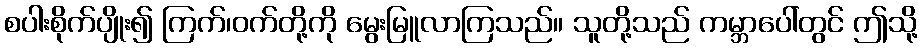
စပါးစိုက်ပျိုး၍ ကြက်၊ဝက်တို့ကို မွေးမြူလာကြသည်။ သူတို့သည် ကမ္ဘာပေါ်တွင် ဤသို့